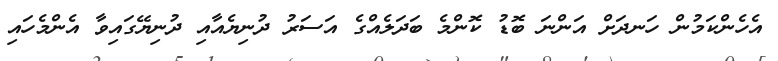
އެހެންކަމުން ހަނދަށް އަންނަ ބޮޑު ކޮންމެ ބަދަލެއްގެ އަސަރު ދުނިޔެއާއި ދުނިޔޭގައިވާ އެންމެހައި